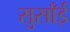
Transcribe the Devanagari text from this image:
सुसाँई